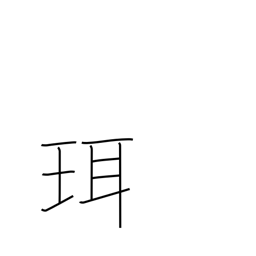
Meaning: hilt